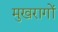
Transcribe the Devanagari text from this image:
मुखरागों